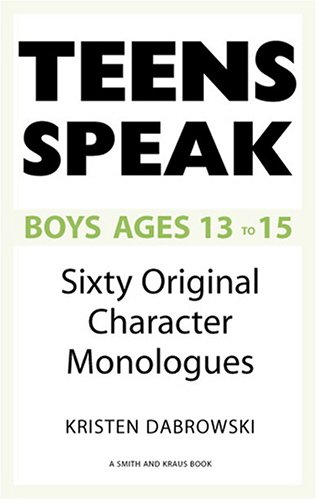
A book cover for Teens Speak, Boys Ages 13-15: Sixty Original Character Monologues; Kristen Dabrowski; Teen & Young Adult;